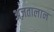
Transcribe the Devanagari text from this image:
अज़तालान